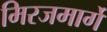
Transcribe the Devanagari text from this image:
मिरजमार्गे